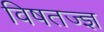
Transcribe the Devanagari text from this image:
विषतज्‍ज्ञ